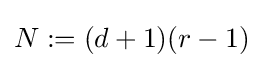
N:=(d+1)(r-1)